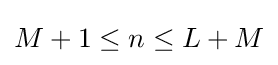
M+1\leq n\leq L+M